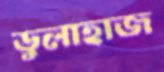
ডুলাহাজ